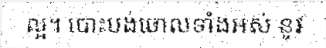
ល្អ។ បោះបង់ចោលទាំងអស់ នូវ